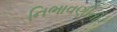
નિભાવણીની